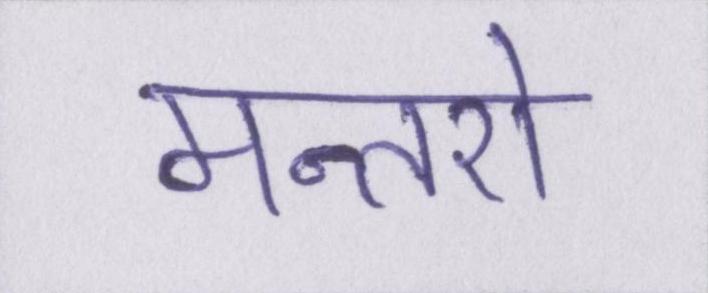
मन्तरो